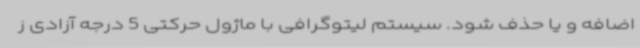
اضافه و یا حذف شود. سیستم لیتوگرافی با ماژول حرکتی 5 درجه آزادی ز